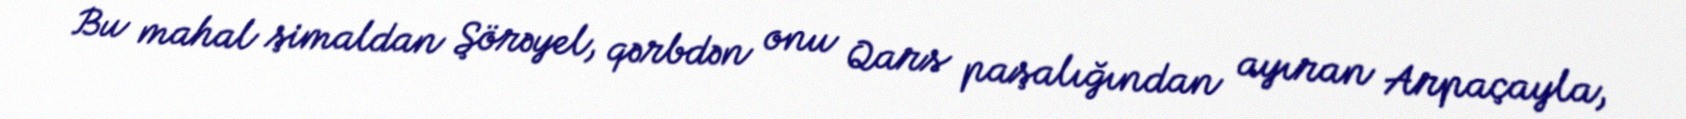
Bu mahal şimaldan Şörəyel, qərbdən onu Qars paşalığından ayıran Arpaçayla,